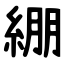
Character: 綳